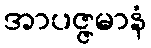
အာပဇ္ဇမာနံ